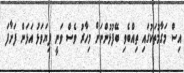
އިސް މަގާމުތަކުގައި ތިއްބެވި ބޭފުޅުންނަށް މިހާރު ވެސް ވަނީ ފިޔަވަޅު އަޅަން ފަށާފަ